Report on the Calcutta epizootic or cattle disease of 1864 in Calcutta and its neighbourhood
Year: 1864
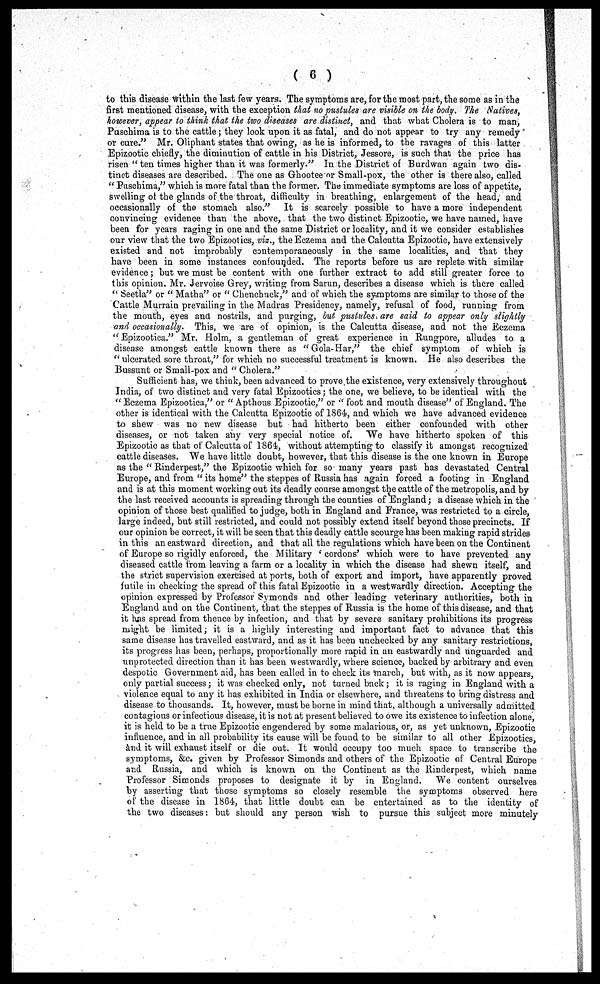
( 6 )
to this disease within the last few years. The symptoms are, for the most part, the some as in the
first mentioned disease, with the exception that no pustules are visible on the body. The Natives,
however, appear to think that the two diseases are distinct, and that what Cholera is to man,
Puschima is to the cattle; they look upon it as fatal, and do not appear to try any remedy
or care." Mr. Oliphant states that owing, as he is informed, to the ravages of this latter
Epizootic chiefly, the diminution of cattle in his District, Jessore, is such that the price has
risen "ten times higher than it was formerly." In the District of Burdwan again two dis-
tinct diseases are described. The one as Ghootee or Small-pox, the other is there also, called
" Puschima," which is more fatal than the former. The immediate symptoms are loss of appetite,
swelling of the glands of the throat, difficulty in breathing, enlargement of the head, and
occasionally of the stomach also." It is scarcely possible to have a more independent
convincing evidence than the above, that the two distinct Epizootic, we have named, have
been for years raging in one and the same District or locality, and it we consider establishes
our view that the two Epizootics, viz., the Eczema and the Calcutta Epizootic, have extensively
existed and not improbably contemporaneously in the same localities, and that they
have been in some instances confounded. The reports before us are replete with similar
evidence; but we must be content with one further extract to add still greater force to
this opinion. Mr. Jervoise Grey, writing from Sarun, describes a disease which is there called
" Seetla" or " Matha" or " Chenchuck," and of which the symptoms are similar to those of the
Cattle Murrain prevailing in the Madras Presidency, namely, refusal of food, running from
the mouth, eyes and nostrils, and purging, but pustules, are said to appear only slightly
and occasionally. This, we are of opinion, is the Calcutta disease, and not the Eczema
" Epizootica." Mr. Holm, a gentleman of great experience in Rungpore, alludes to a
disease amongst cattle known there as "Gola-Har," the chief symptom of which is
" ulcerated sore throat," for which no successful treatment is known. He also describes the
Bussunt or Small-pox and " Cholera."
Sufficient has, we think, been advanced to prove the existence, very extensively throughout
India, of two distinct and very fatal Epizootics; the one, we believe, to be identical with the
" Eczema Epizootica," or " Apthous Epizootic," or " foot and mouth disease" of England. The
other is identical with the Calcutta Epizootic of 1864, and which we have advanced evidence
to shew was no new disease but had hitherto been either confounded with other
diseases, or not taken any very special notice of. We have hitherto spoken of this
Epizootic as that of Calcutta of 1864, without attempting to classify it amongst recognized
cattle diseases. We have little doubt, however, that this disease is the one known in Europe
as the " Rinderpest," the Epizootic which for so many years past has devastated Central
Europe, and from " its home" the steppes of Russia has again forced a footing in England
and is at this moment working out its deadly course amongst the cattle of the metropolis, and by
the last received accounts is spreading through the counties of England; a disease which in the
opinion of those best qualified to judge, both in England and France, was restricted to a circle,
large indeed, but still restricted, and could not possibly extend itself beyond those precincts. If
our opinion be correct, it will be seen that this deadly cattle scourge has been making rapid strides
in this an eastward direction, and that all the regulations which have been on the Continent
of Europe so rigidly enforced, the Military 'cordons' which were to have prevented any
diseased cattle from leaving a farm or a locality in which the disease had shewn itself, and
the strict supervision exercised at ports, both of export and import, have apparently proved
futile in checking the spread of this fatal Epizootic in a westwardly direction. Accepting the
opinion expressed by Professor Symonds and other leading veterinary authorities, both in
England and on the Continent, that the steppes of Russia is the home of this disease, and that
it has spread from thence by infection, and that by severe sanitary prohibitions its progress
might be limited; it is a highly interesting and important fact to advance that this
same disease has travelled eastward, and as it has been unchecked by any sanitary restrictions,
its progress has been, perhaps, proportionally more rapid in an eastwardly and unguarded and
unprotected direction than it has been westwardly, where science, backed by arbitrary and even
despotic Government aid, has been called in to check its march, but with, as it now appears,
only partial success; it was checked only, not turned back; it is raging in England with a
violence equal to any it has exhibited in India or elsewhere, and threatens to bring distress and
disease to thousands. It, however, must be borne in mind that, although a universally admitted
contagious or infectious disease, it is not at present believed to owe its existence to infection alone,
it is held to be a true Epizootic engendered by some malarious, or, as yet unknown, Epizootic
influence, and in all probability its cause will be found to be similar to all other Epizootics,
and it will exhaust itself or die out. It would occupy too much space to transcribe the
symptoms, &c. given by Professor Simonds and others of the Epizootic of Central Europe
and Russia, and which is known on the Continent as the Rinderpest, which name
Professor Simonds proposes to designate it by in England. We content ourselves
by asserting that those symptoms so closely resemble the symptoms observed here
of the disease in 1864, that little doubt can be entertained as to the identity of
the two diseases: but should any person wish to pursue this subject more minutely